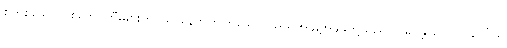
စွတ်စိုသောသစ်တောကြီးများတွင်သာနေတတ်ကြသော်လည်း အချို့အမျိုးတို့သည် ဟိမဝန္တာတောင် ပေါ် ရှိ